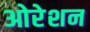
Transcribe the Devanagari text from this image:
ओरेशन